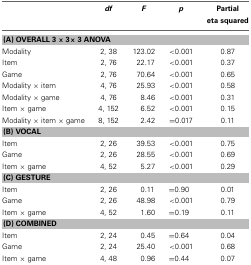
|  | df | F | p | Partial eta squared |
 | --- | --- | --- | --- | --- |
 | <COLSPAN=5> (A) OVERALL 3 × 3 × 3 ANOVA |
 | Modality | 2, 38 | 123.02 | <0.001 | 0.87 |
 | Item | 2, 76 | 22.17 | <0.001 | 0.37 |
 | Game | 2, 76 | 70.64 | <0.001 | 0.65 |
 | Modality × item | 4, 76 | 25.93 | <0.001 | 0.58 |
 | Modality × game | 4, 76 | 8.46 | <0.001 | 0.31 |
 | Item × game | 4, 152 | 6.52 | <0.001 | 0.15 |
 | Modality × item × game | 8, 152 | 2.42 | =0.017 | 0.11 |
 | <COLSPAN=5> (B) VOCAL |
 | Item | 2, 26 | 39.53 | <0.001 | 0.75 |
 | Game | 2, 26 | 28.55 | <0.001 | 0.69 |
 | Item × game | 4, 52 | 5.27 | <0.001 | 0.29 |
 | <COLSPAN=5> (C) GESTURE |
 | Item | 2, 26 | 0.11 | =0.90 | 0.01 |
 | Game | 2, 26 | 48.98 | <0.001 | 0.79 |
 | Item × game | 4, 52 | 1.60 | =0.19 | 0.11 |
 | <COLSPAN=5> (D) COMBINED |
 | Item | 2, 24 | 0.45 | =0.64 | 0.04 |
 | Game | 2, 24 | 25.40 | <0.001 | 0.68 |
 | Item × game | 4, 48 | 0.96 | =0.44 | 0.07 |